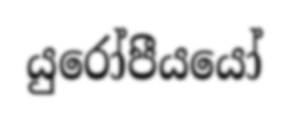
යුරෝපීයයෝ